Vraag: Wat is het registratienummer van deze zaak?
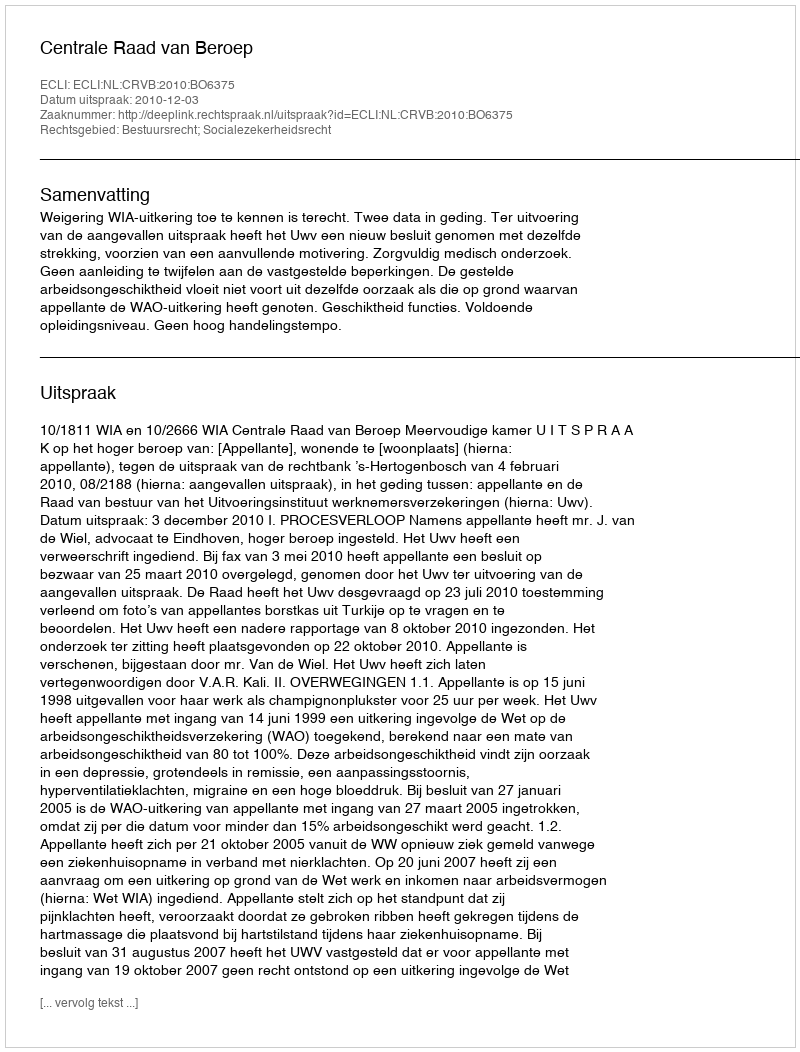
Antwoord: http://deeplink.rechtspraak.nl/uitspraak?id=ECLI:NL:CRVB:2010:BO6375